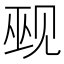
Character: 觋